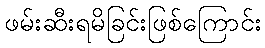
ဖမ်းဆီးရမိခြင်းဖြစ်ကြောင်း